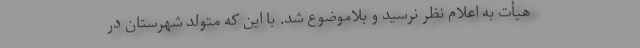
هیأت به اعلام نظر نرسید و بلاموضوع شد. با این که متولد شهرستان در